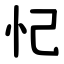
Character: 忋